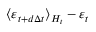
\langle \varepsilon _ { t + d \Delta t } \rangle _ { H _ { t } } - \varepsilon _ { t }